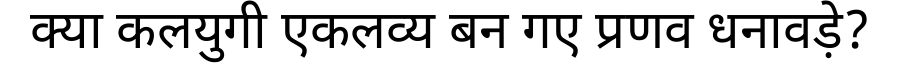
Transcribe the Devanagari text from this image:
क्या कलयुगी एकलव्य बन गए प्रणव धनावड़े?